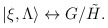
\begin{align*}|\xi, \Lambda \rangle \leftrightarrow G/\tilde H .\end{align*}